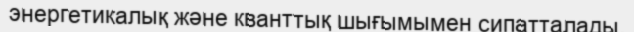
энергетикалық және кванттық шығымымен сипатталады.